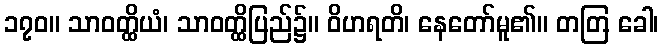
၁၇၀။ သာဝတ္ထိယံ၊ သာဝတ္ထိပြည်၌။ ဝိဟရတိ၊ နေတော်မူ၏။ တတြ ခေါ၊